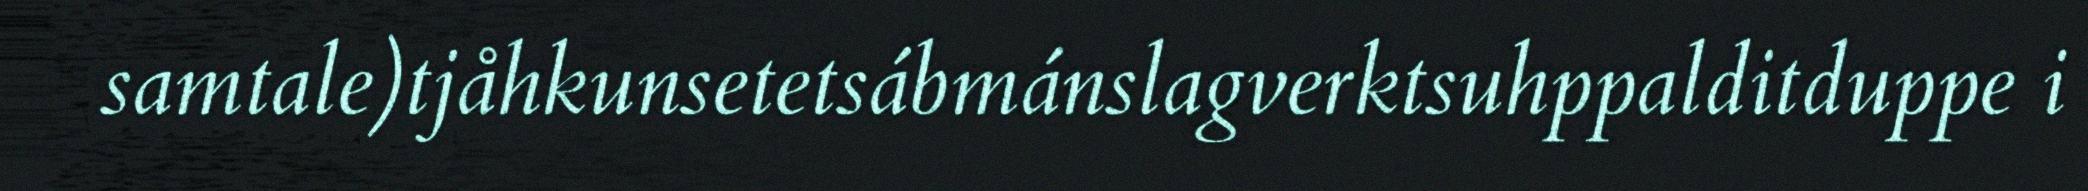
samtale)tjåhkunsetetsábmánslagverktsuhppalditduppe i